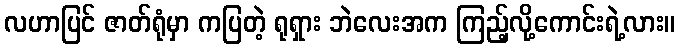
လဟာပြင် ဇာတ်ရုံမှာ ကပြတဲ့ ရုရှား ဘဲလေးအက ကြည့်လို့ကောင်းရဲ့လား။